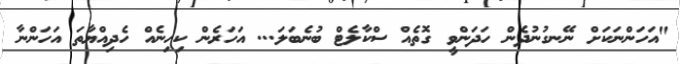
"އަހަންނަކަށް ނޭނގުނުދެން ހަދަންވީ ގޮތެއް ސްކާލެޓް ބުނެބަލަ... އަހަރެން ކިހިނެއް ހެދިއްޔާތަ އަހަންނާ